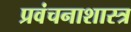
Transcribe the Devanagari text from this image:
प्रवंचनाशास्त्र